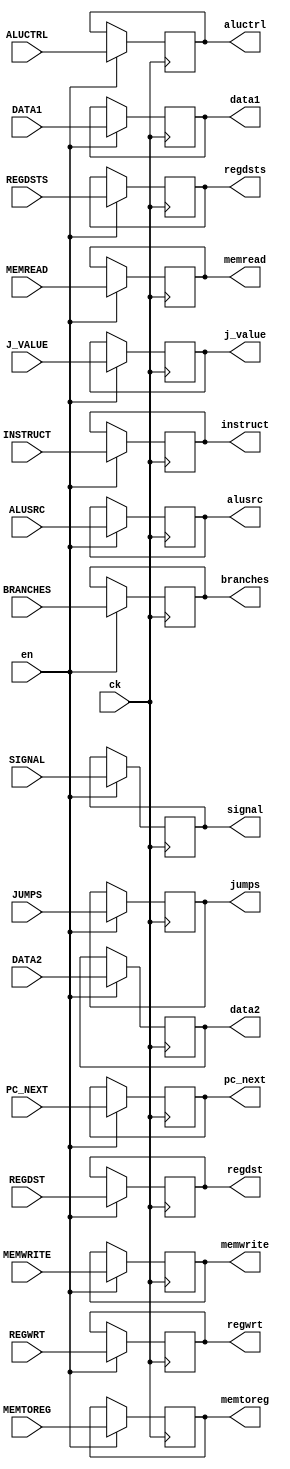
module ID_REG_ALU(ck,REGDSTS,REGWRT,MEMREAD,MEMWRITE,ALUSRC,MEMTOREG,JUMPS,BRANCHES,ALUCTRL,INSTRUCT,PC_NEXT,DATA1,DATA2,SIGNAL,J_VALUE,REGDST,regdsts,regwrt,memread,memwrite,alusrc,memtoreg,jumps,branches,aluctrl,instruct,pc_next,signal,data1,data2,j_value,regdst,en);
input ck,en,REGDSTS,REGWRT,MEMREAD,MEMWRITE,ALUSRC,MEMTOREG,JUMPS,BRANCHES;
input [31:0] INSTRUCT,PC_NEXT,DATA1,DATA2,SIGNAL,J_VALUE;
input [3:0] ALUCTRL;
input [4:0] REGDST;
output regdsts,regwrt,memread,memwrite,alusrc,memtoreg,jumps,branches;
output [31:0] instruct,pc_next,signal,data1,data2,j_value;
output [3:0] aluctrl;
output[4:0] regdst;
reg regdsts,regwrt,memread,memwrite,alusrc,memtoreg,jumps,branches;
reg [31:0] instruct,pc_next,signal,data1,data2,j_value;
reg [3:0] aluctrl;
reg [4:0] regdst;      
initial begin
  instruct = 32'b0;
  pc_next =32'b0;
end
always @(posedge ck) begin
    if(en) begin
    regdsts <=REGDSTS;
    regwrt  <=REGWRT;
    memread  <= MEMREAD;
    memwrite  <= MEMWRITE;
    alusrc  <= ALUSRC;
    memtoreg <=MEMTOREG;
    jumps  <= JUMPS;
    branches  <=BRANCHES;
    aluctrl <= ALUCTRL;
    instruct <= INSTRUCT;
    pc_next<=PC_NEXT;
    signal <=SIGNAL;
    data1 <= DATA1;
    data2 <=DATA2;
    regdst <= REGDST;
    j_value <= J_VALUE; 
    end
end 
endmodule